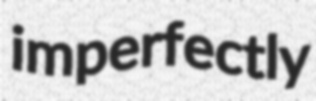
imperfectly